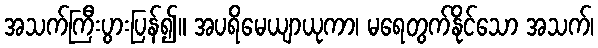
အသက်ကြီးပွားပြန်၍။ အပရိမေယျာယုကာ၊ မရေတွက်နိုင်သော အသက်၊